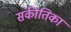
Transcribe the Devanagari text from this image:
संकीतिका